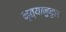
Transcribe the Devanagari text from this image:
नृत्यानुकुल